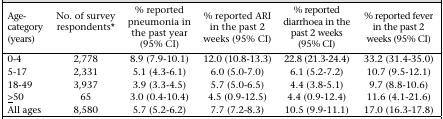
<table><thead><tr><td><b>Age-category (years)</b></td><td><b>No. of survey respondents*</b></td><td><b>% reported pneumonia in the past year (95% CI)</b></td><td><b>% reported ARI in the past 2 weeks (95% CI)</b></td><td><b>% reported diarrhoea in the past 2 weeks (95% CI)</b></td><td><b>% reported fever in the past 2 weeks (95% CI)</b></td></tr></thead><tbody><tr><td>0-4</td><td>2,778</td><td>8.9 (7.9-10.1)</td><td>12.0 (10.8-13.3)</td><td>22.8 (21.3-24.4)</td><td>33.2 (31.4-35.0)</td></tr><tr><td>5-17</td><td>2,331</td><td>5.1 (4.3-6.1)</td><td>6.0 (5.0-7.0)</td><td>6.1 (5.2-7.2)</td><td>10.7 (9.5-12.1)</td></tr><tr><td>18-49</td><td>3,937</td><td>3.9 (3.3-4.5)</td><td>5.7 (5.0-6.5)</td><td>4.4 (3.8-5.1)</td><td>9.7 (8.8-10.6)</td></tr><tr><td>&gt;50</td><td>65</td><td>3.0 (0.4-10.4)</td><td>4.5 (0.9-12.5)</td><td>4.4 (0.9-12.4)</td><td>11.6 (4.1-21.6)</td></tr><tr><td>All ages</td><td>8,580</td><td>5.7 (5.2-6.2)</td><td>7.7 (7.2-8.3)</td><td>10.5 (9.9-11.1)</td><td>17.0 (16.3-17.8)</td></tr></tbody></table>